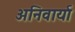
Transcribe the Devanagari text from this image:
अनिवार्या